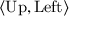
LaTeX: \langle { \mathrm { U p } } , { \mathrm { L e f t } } \rangle